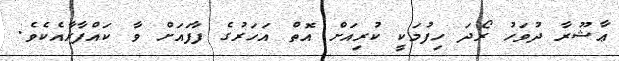
ޢާޝޫރާ ދުވަހު ރޯދަ ހިފުމަކީ ކުރިއަށް އޮތް އަހަރުގެ ފާފައަށް ވާ ކައްފާރާއެކެވެ.